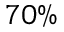
7 0 \%